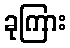
ခုကြား